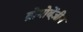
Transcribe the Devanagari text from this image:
ब्रोमोबेंज़ीन